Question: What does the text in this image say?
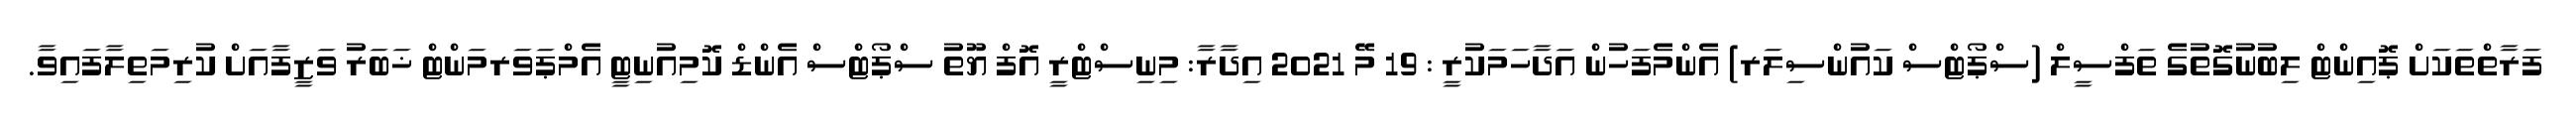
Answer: ފަރާތްތަކަށް ޕޮއިންޓް ލިބުނުގޮތުގެ ތަފްސީލް (ސްޕޯޓްސް ކައުންސިލަރ) އެންމެފަހުން އަދާހަމަކުރީ : 19 މޭ 2021 އިދާރާ: މިނިސްޓްރީ އޮފް ޔޫތު ސްޕޯޓްސް އެންޑް ކޮމިއުނިޓީ އެމްޕަވަރމަންޓް ޚަބަރު ވަޒީފާއަށް ކުރިމަތިލާފައިވާ.